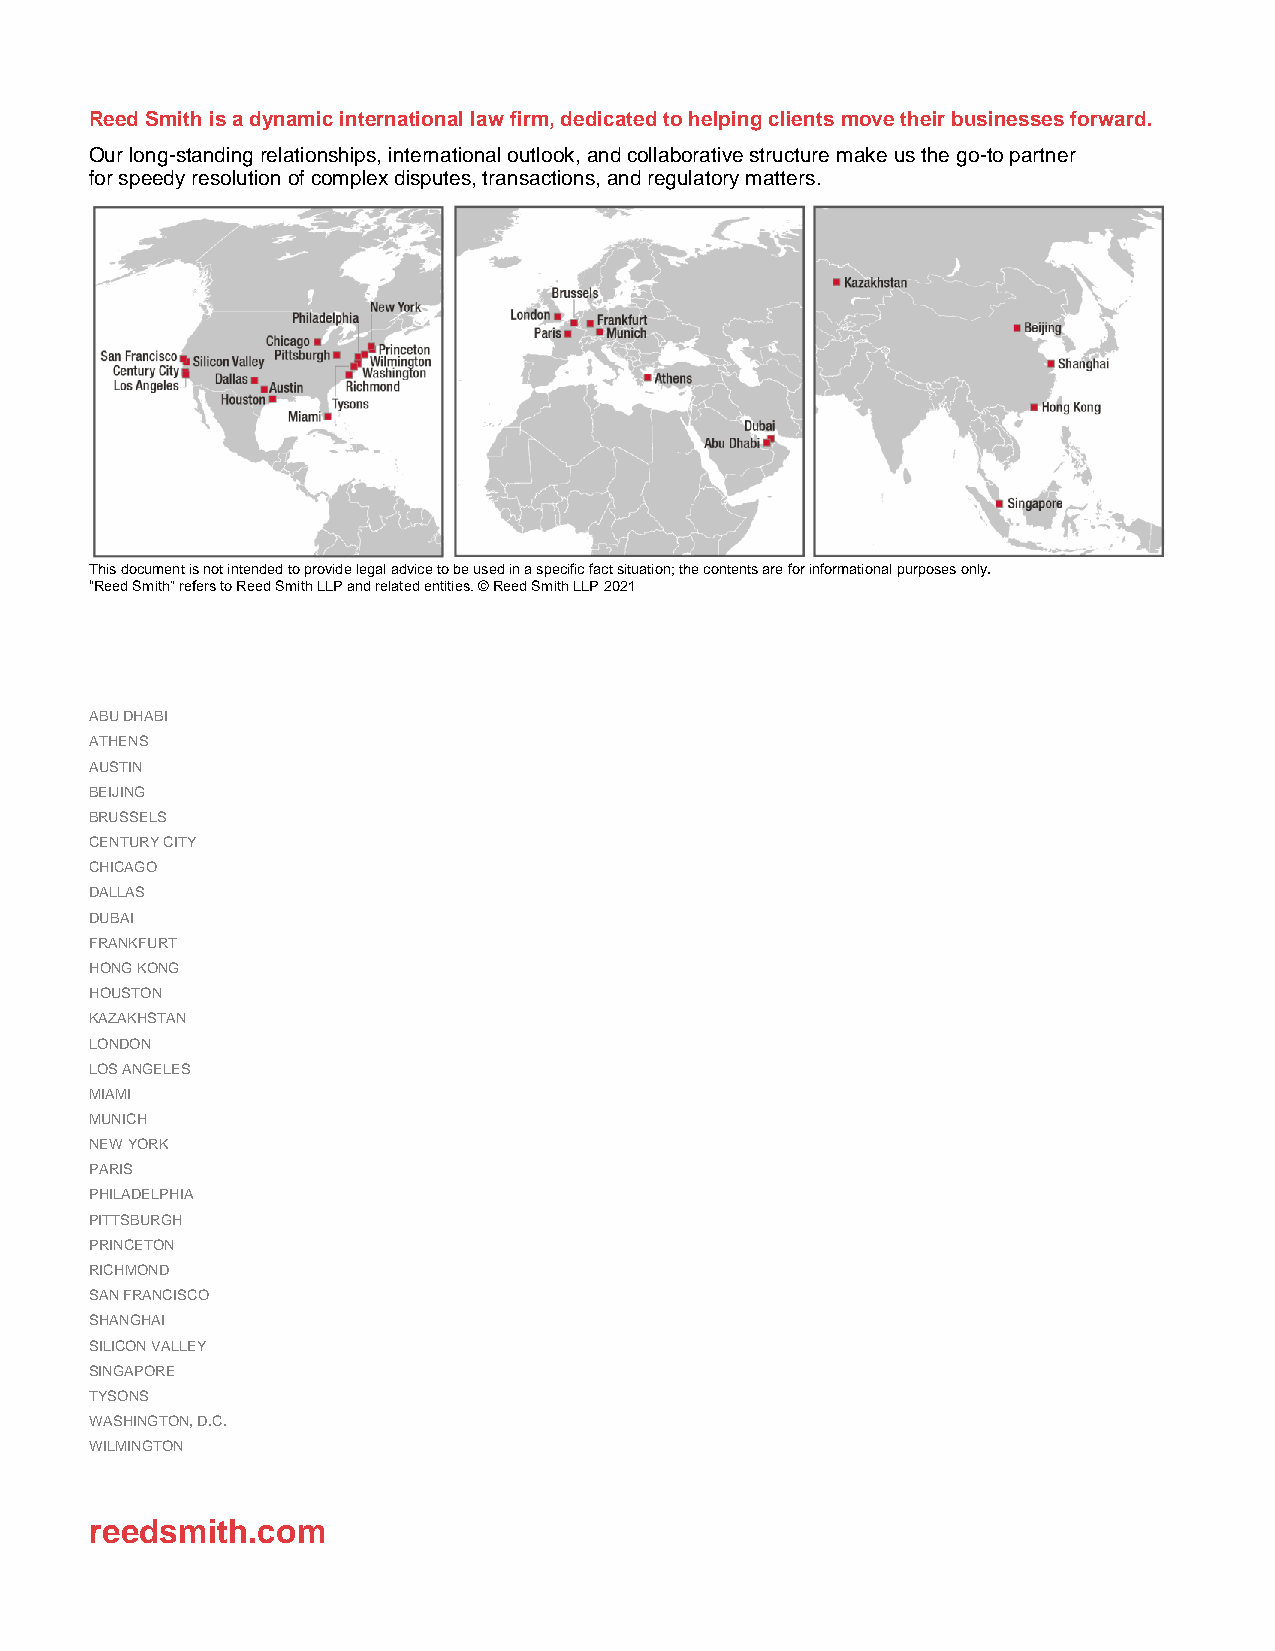
The information contained in this document is current as of December 21, 2021. Please note that this is not legal advice. If
 you have any questions about the matters covered by this document, please contact a Reed Smith employment lawyer.
 BReead Scmkith iCs a odynvameicr in ternational law firm, dedicated to helping clients move their businesses forward.
 Our long-standing relationships, international outlook, and collaborative structure make us the go-to partner
 for speedy resolution of complex disputes, transactions, and regulatory matters.
 This document is not intended to provide legal advice to be used in a specific fact situation; the contents are for informational purposes only.
 “Reed Smith” refers to Reed Smith LLP and related entities. © Reed Smith LLP 2021
 ABU DHABI
 ATHENS
 AUSTIN
 BEIJING
 BRUSSELS
 CENTURY CITY
 CHICAGO
 DALLAS
 DUBAI
 FRANKFURT
 HONG KONG
 HOUSTON
 KAZAKHSTAN
 LONDON
 LOS ANGELES
 MIAMI
 MUNICH
 NEW YORK
 PARIS
 PHILADELPHIA
 PITTSBURGH
 PRINCETON
 RICHMOND
 SAN FRANCISCO
 SHANGHAI
 SILICON VALLEY
 SINGAPORE
 TYSONS
 WASHINGTON, D.C.
 WILMINGTON
 reedsmith.com
 FAQs regarding OSHA’s Emergency Temporary Standard for workplace vaccination policies Reed Smith 08